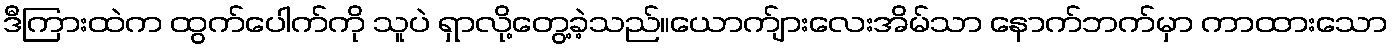
ဒီကြားထဲက ထွက်ပေါက်ကို သူပဲ ရှာလို့တွေ့ခဲ့သည်။ယောက်ျားလေးအိမ်သာ နောက်ဘက်မှာ ကာထားသော